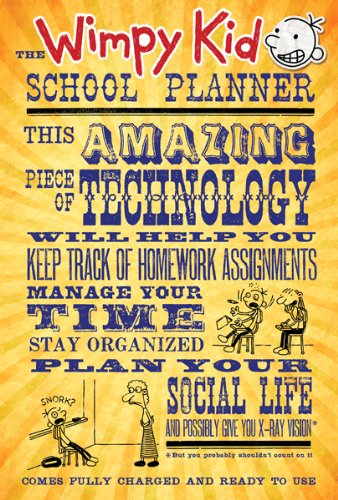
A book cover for The Wimpy Kid School Planner (Diary of a Wimpy Kid); Jeff Kinney; Calendars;